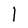
Character: I